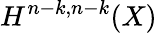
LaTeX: H^{n-k,n-k}(X)